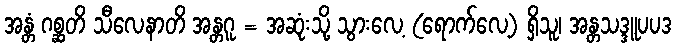
အန္တံ ဂစ္ဆတိ သီလေနာတိ အန္တဂူ = အဆုံးသို့ သွားလေ့ (ရောက်လေ့) ရှိသူ၊ အန္တသဒ္ဒူပပဒ